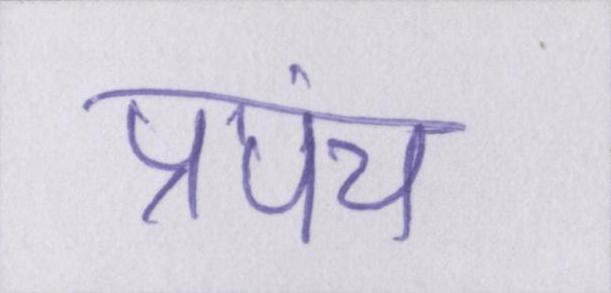
प्रपंच